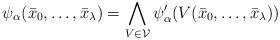
LaTeX: \begin{align*}\psi_\alpha(\bar{x}_0,\ldots,\bar{x}_\lambda)=\bigwedge\limits_{V\in \mathcal{V}}\psi'_\alpha(V(\bar{x}_0,\ldots,\bar{x}_\lambda))\end{align*}